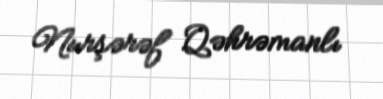
Nurşərəf Qəhrəmanlı